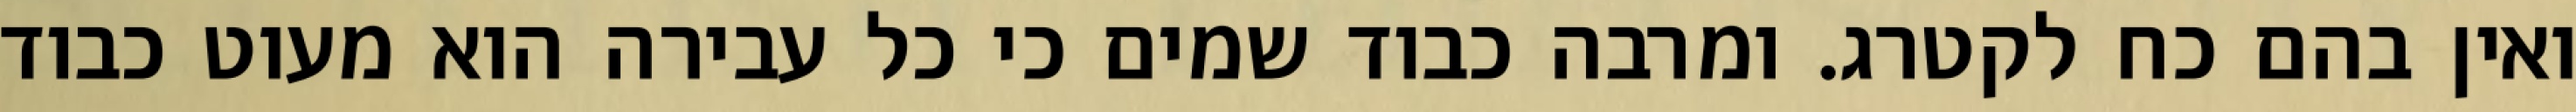
ואין בהם כח לקטרג. ומרבה כבוד שמים כי כל עבירה הוא מעוט כבוד